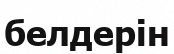
белдерін